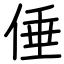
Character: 倕